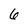
Character: 6